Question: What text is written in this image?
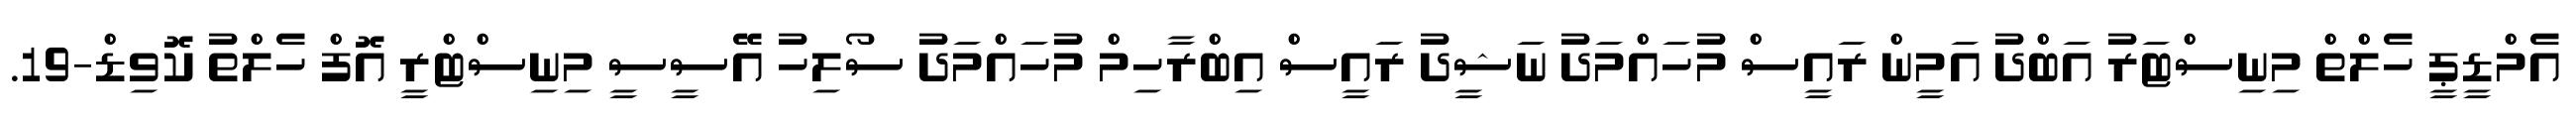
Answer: އެމްޑީޕީ ހެލްތް މިނިސްޓަރު އަބްދު އަމީން ރައީސް މުހައްމަދު ނަޝީދު ރައީސް އިބްރާހިމް މުހައްމަދު ސޯލިހު އޭސީސީ މިނިސްޓްރީ އޮފް ހެލްތު ކޮވިޑް-19.